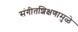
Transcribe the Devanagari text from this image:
संगीतशिक्षणामुळे